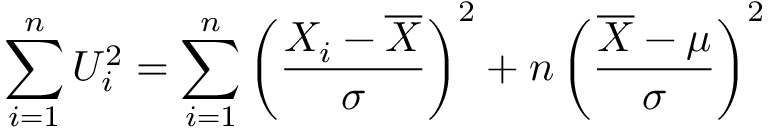
\sum _ { i = 1 } ^ { n } U _ { i } ^ { 2 } = \sum _ { i = 1 } ^ { n } \left( { \frac { X _ { i } - { \overline { { X } } } } { \sigma } } \right) ^ { 2 } + n \left( { \frac { { \overline { { X } } } - \mu } { \sigma } } \right) ^ { 2 }